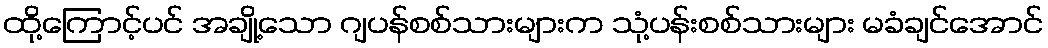
ထို့ကြောင့်ပင် အချို့သော ဂျပန်စစ်သားများက သုံ့ပန်းစစ်သားများ မခံချင်အောင်